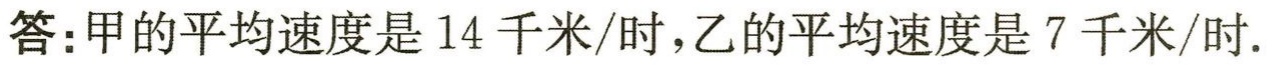
答：甲的平均速度是 14 千米/时，乙的平均速度是 7 千米/时.